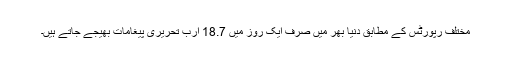
مختلف رپورٹس کے مطابق دنیا بھر میں صرف ایک روز میں 18.7 ارب تحریری پیغامات بھیجے جاتے ہیں۔